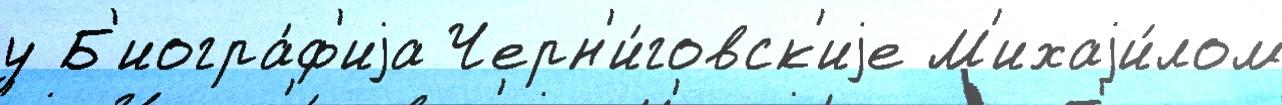
у Б'иогра́ф'иjа Черн'и́говск'иjе М'ихаjи́лом